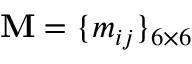
\mathbf { M } = \{ m _ { i j } \} _ { 6 \times 6 }